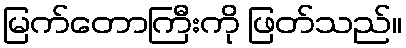
မြက်တောကြီးကို ဖြတ်သည်။